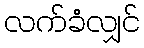
လက်ခံလျှင်